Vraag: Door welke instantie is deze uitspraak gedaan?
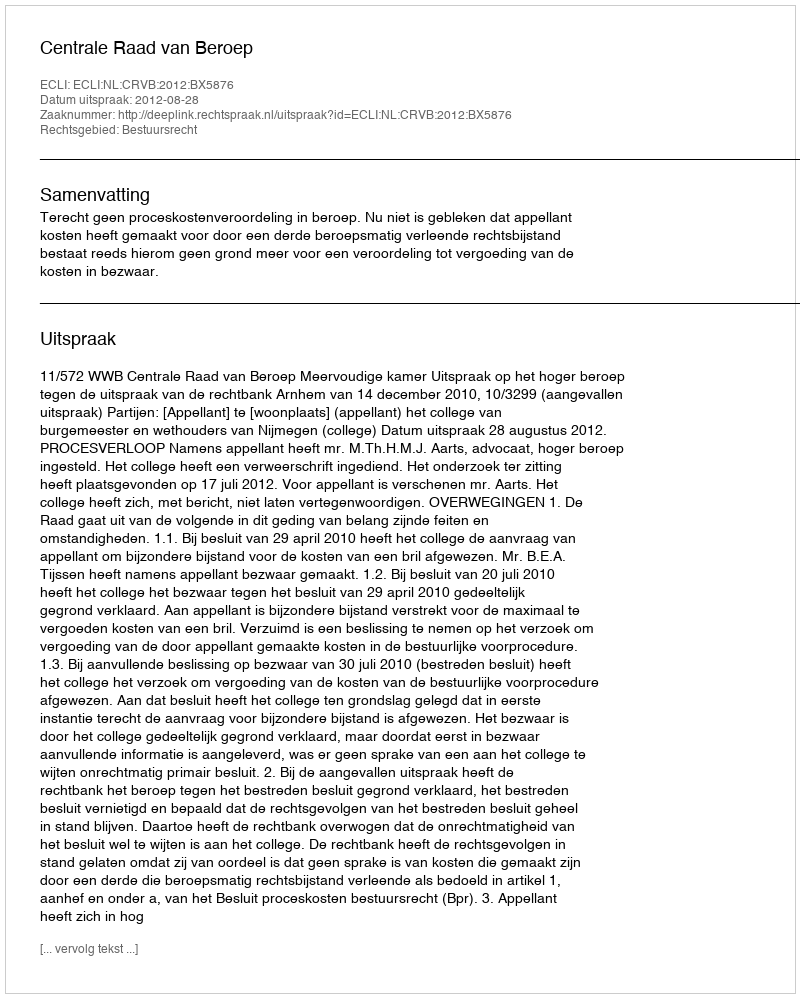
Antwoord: Centrale Raad van Beroep